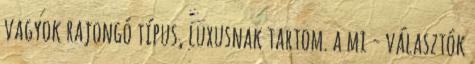
vagyok rajongó típus, luxusnak tartom. a mi - választók